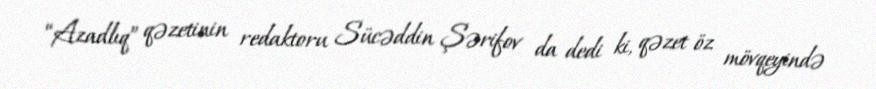
“Azadlıq” qəzetinin redaktoru Sücəddin Şərifov da dedi ki, qəzet öz mövqeyində